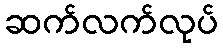
ဆက်လက်လုပ်